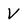
Character: v